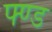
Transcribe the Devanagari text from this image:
फ्ण्ड